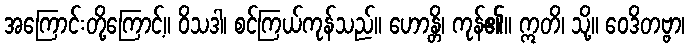
အကြောင်းတို့ကြောင့်။ ဝိသဒါ၊ စင်ကြယ်ကုန်သည်။ ဟောန္တိ၊ ကုန်၏။ ဣတိ၊ သို့။ ဝေဒိတဗ္ဗာ၊